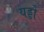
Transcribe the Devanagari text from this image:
यड्डो